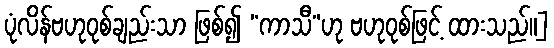
ပုံလိန်ဗဟုဝုစ်ချည်းသာ ဖြစ်၍ “ကာသီ”ဟု ဗဟုဝုစ်ဖြင့် ထားသည်။]